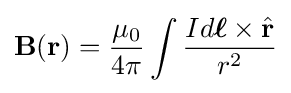
\mathbf {B} (\mathbf {r} )={\frac {\mu _{0}}{4\pi }}\int {\frac {Id{\boldsymbol {\ell }}\times {\hat {\mathbf {r} }}}{r^{2}}}